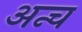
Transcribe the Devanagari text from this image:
अन्च